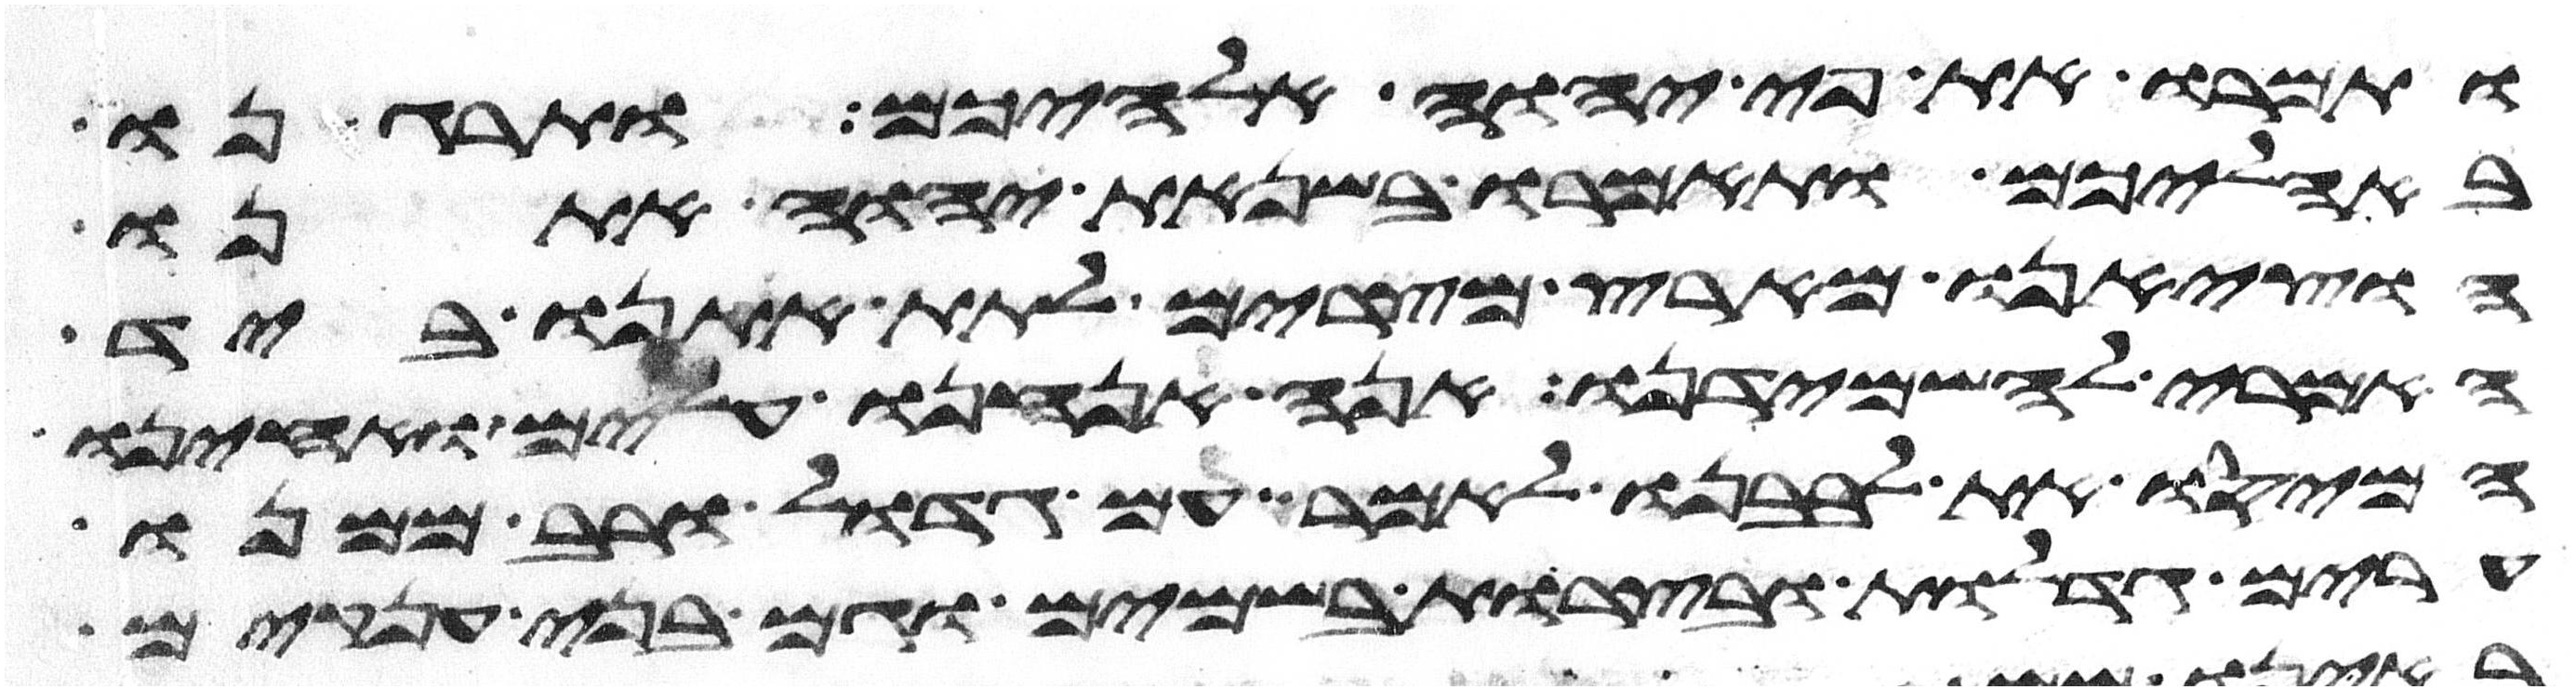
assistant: ותמרו את פי יהוה אלהיכם ותרגנו
באהליכם ותאמרו בשנאת יהוה אתנו
הוציאנו מארץ מצרים לתת אתנו ביד
האמרי להשמידנו אנה אנחנו עלים ואחינו
המיסו את לבבנו לאמר עם גדול ורב ממנו
ערים גדלות ובצרות בשמים וגם בני ענקים